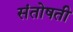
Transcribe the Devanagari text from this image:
संतोषती